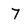
Character: 7